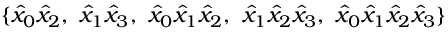
\{ \hat { x } _ { 0 } \hat { x } _ { 2 } , \ \hat { x } _ { 1 } \hat { x } _ { 3 } , \ \hat { x } _ { 0 } \hat { x } _ { 1 } \hat { x } _ { 2 } , \ \hat { x } _ { 1 } \hat { x } _ { 2 } \hat { x } _ { 3 } , \ \hat { x } _ { 0 } \hat { x } _ { 1 } \hat { x } _ { 2 } \hat { x } _ { 3 } \}